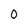
Character: 0